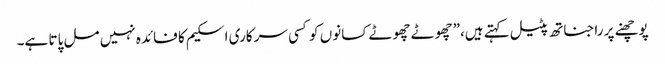
پوچھنے پر راجناتھ پٹیل کہتے ہیں،”چھوٹے چھوٹے کسانوں کو کسی سرکاری اسکیم کا فائدہ نہیں مل پاتا ہے۔